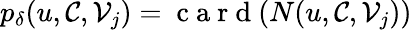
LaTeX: p_{\delta}(u,\mathcal{C},\mathcal{V}_{j})=\mathrm{~c~a~r~d~}(N(u,\mathcal{C},\mathcal{V}_{j}))